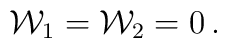
{\cal W}_1 = {\cal W}_2 = 0\,.